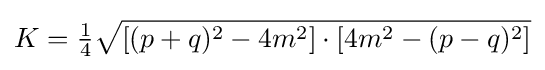
K={\tfrac {1}{4}}{\sqrt {[(p+q)^{2}-4m^{2}]\cdot [4m^{2}-(p-q)^{2}]}}